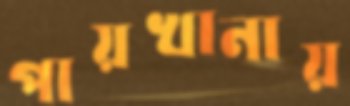
পায়খানায়